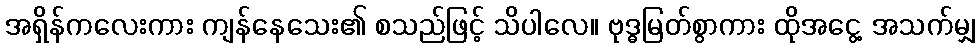
အရှိန်ကလေးကား ကျန်နေသေး၏ စသည်ဖြင့် သိပါလေ။ ဗုဒ္ဓမြတ်စွာကား ထိုအငွေ့ အသက်မျှ